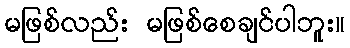
မဖြစ်လည်း မဖြစ်စေချင်ပါဘူး။